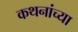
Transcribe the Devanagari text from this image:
कथनांच्या